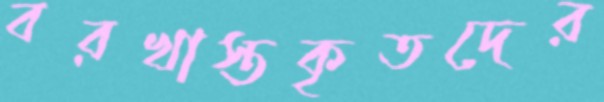
বরখাস্তকৃতদের